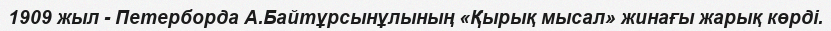
1909 жыл - Петерборда А.Байтұрсынұлының «Қырық мысал» жинағы жарық көрді.